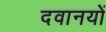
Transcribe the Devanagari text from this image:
दवानयों